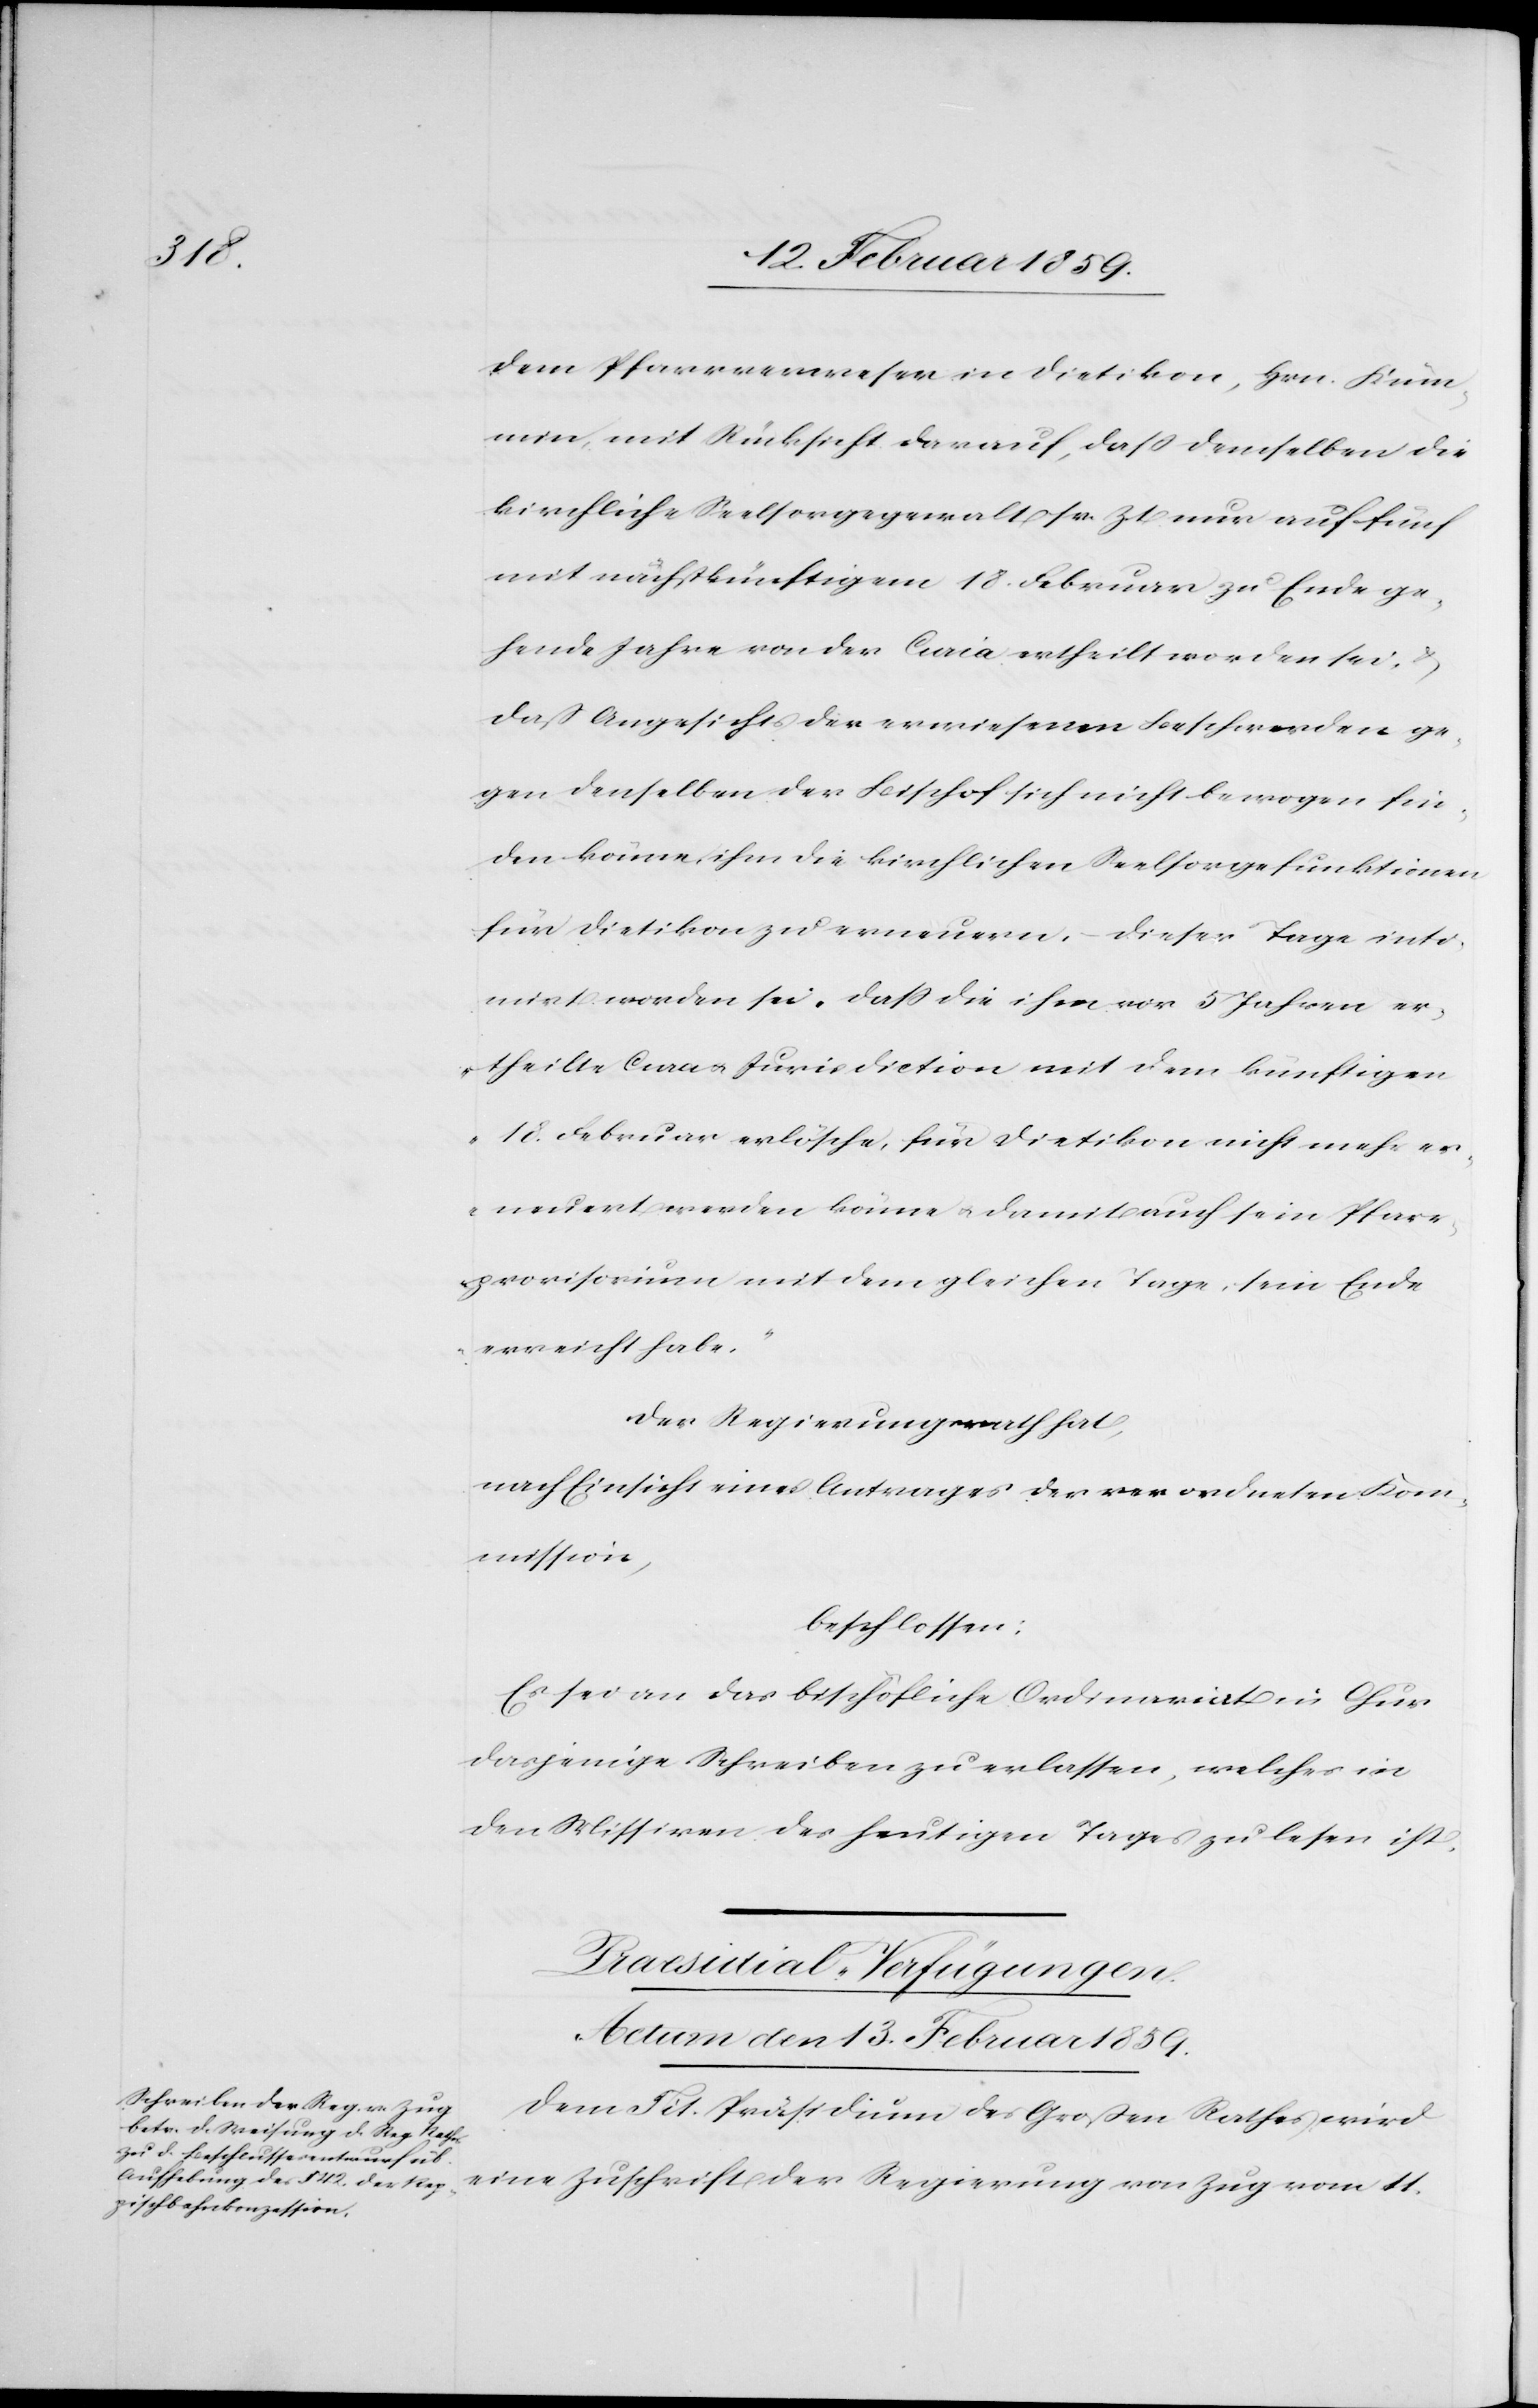
dem Pfarrverweser in Dietikon, Hrn. Küm¬
min, mit Rücksicht darauf, daß demselben die
kirchliche Seelsorgegewalt sr. Zt. nur auf fünf
mit nächstkünftigem 18. Februar zu Ende ge¬
hende Jahre von der Curia ertheilt worden sei,
daß Angesichts der erwiesenen Beschwerden ge¬
gen denselben der Bischof sich nicht bewogen fin¬
den könne, ihm die kirchlichen Seelsorgefunktionen
für Dietikon zu erneuern, dieser Tage inti¬
mirt worden sei „daß die ihm vor 5 Jahren er¬
theilte Cura u. Jurisdiction mit dem künftigen
18. Februar erlösche, für Dietikon nicht mehr er¬
neuert werden könne u. damit auch sein Pfarr¬
provisorium mit dem gleichen Tage sein Ende
erreicht habe.“
Der Regierungsrath hat,
nach Einsicht eines Antrages der verordneten Kom¬
mission,
beschlossen:
Es sei an das bischöfliche Ordinariat in Chur
dasjenige Schreiben zu erlassen, welches in
den Missiven des heutigen Tages zu lesen ist.
Praesidial-Verfügungen.
Actum den 13. Februar 1859.
Dem Tit. Präsidium des Großen Rathes wird
eine Zuschrift der Regierung von Zug vom 11.